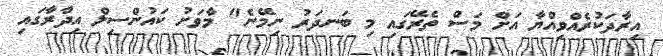
އިރާދަކުރެއްވިއްޔާ އަށް މަސް ތެރޭގައި މި ބަނދަރު ނިމޭނެ" މާވަށު ކައުންސިލް އިދާރާގައި